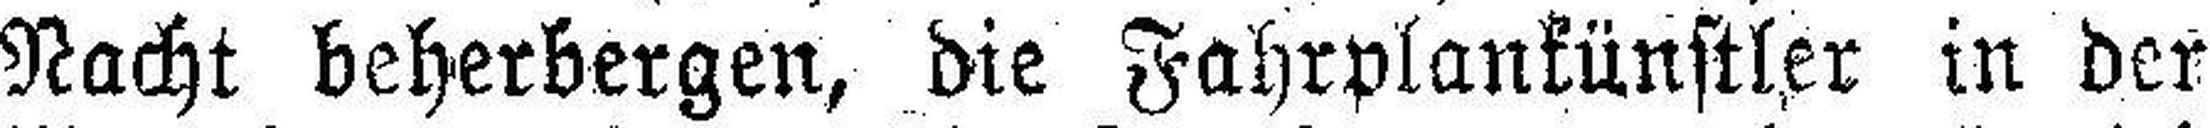
Nacht beherbergen, die Fahrplankünstler in der